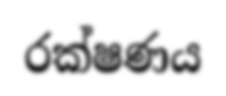
රක්ෂණය